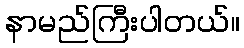
နာမည်ကြီးပါတယ်။